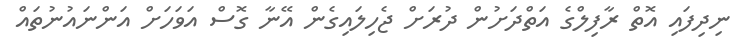
ނިދިފައި އޮތް ރާފިލްގެ އަތްދަށުން ދުރަށް ޖެހިލައިގެން އޭނާ ގޮސް އަވަހަށް އަންނައުނުތައް